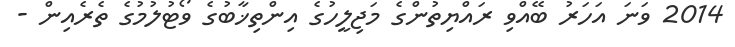
2014 ވަނަ އަހަރު ބޭއްވި ރައްޔިތުންގެ މަޖިލީހުގެ އިންތިޚާބުގެ ވޯޓުލުމުގެ ތެރެއިން -